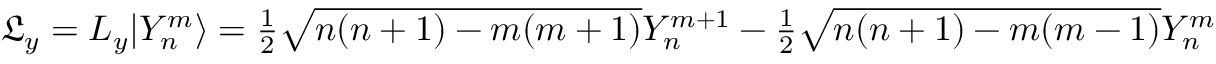
\begin{array} { r } { \mathfrak { L } _ { y } = L _ { y } | Y _ { n } ^ { m } \rangle = \frac { 1 } { 2 } \sqrt { n ( n + 1 ) - m ( m + 1 ) } Y _ { n } ^ { m + 1 } - \frac { 1 } { 2 } \sqrt { n ( n + 1 ) - m ( m - 1 ) } Y _ { n } ^ { m - 1 } \quad \mathrm { ~ a ~ n ~ d ~ \ } \quad \mathfrak { L } _ { z } = L _ { z } | Y _ { n } ^ { m } \rangle = m Y _ { n } ^ { m } . } \end{array}